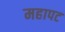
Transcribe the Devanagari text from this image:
महापट